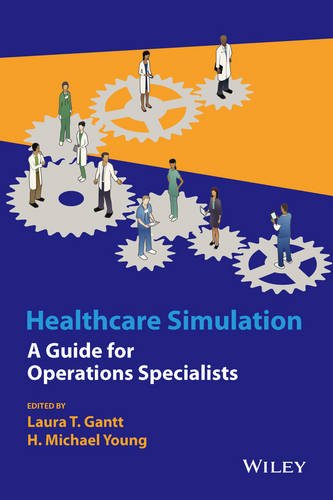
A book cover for Healthcare Simulation: A Guide for Operations Specialists; Laura Gantt; Computers & Technology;